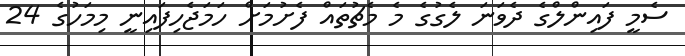
ސެމީ ފައިންލްގެ ދެވަނަ ލެގުގެ މެ މެޗުތައް ފެށުމަށް ހަމަޖެހިފައިނީ މިމަހުގެ 24